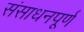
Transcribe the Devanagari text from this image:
संसाधनपूर्ण